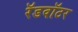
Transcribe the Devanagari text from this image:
रॅडवॉटर